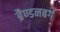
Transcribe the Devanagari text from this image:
ब्रैण्डनबर्ग